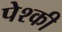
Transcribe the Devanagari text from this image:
पेश्की